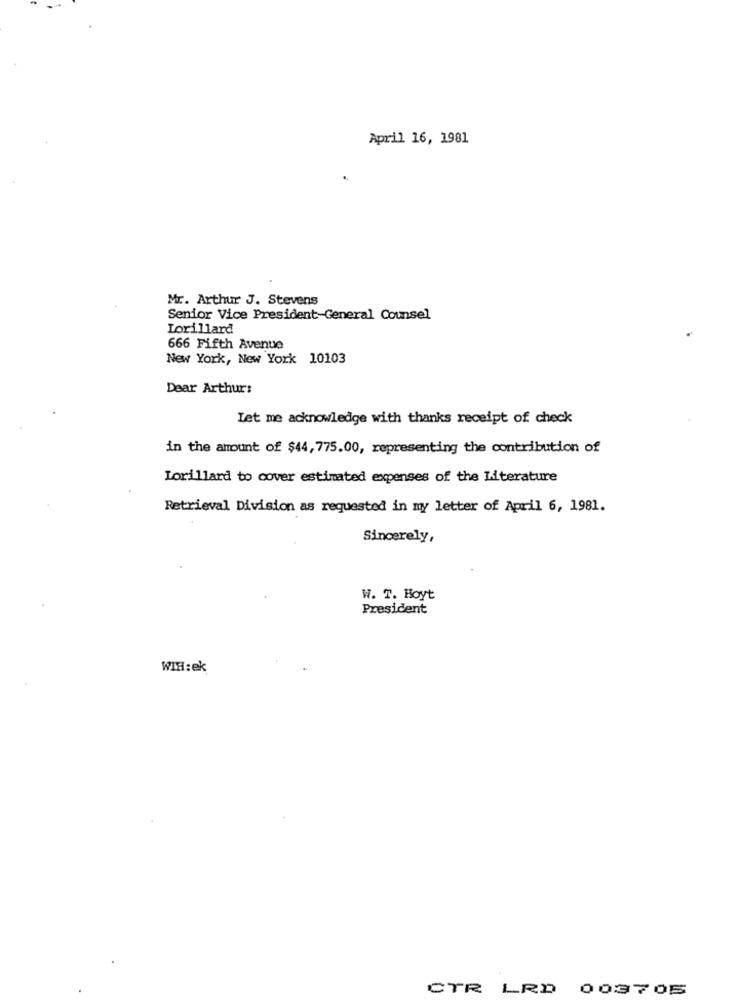
April 16, 1981
Mr. Arthur J. Stevens
Senior Vice President-General Counsel
Lorillard
666 Fifth Avenue
New York, New York 10103
Dear Arthur:
Let me acknowledge with thanks receipt of check
in the amount of $44, 775.00, representing the contribution of
Lorillard to cover estimated expenses of the Literature
Retrieval Division as requested in my letter of April 6, 1981.
Sincerely,
W. T. Hoyt
President
WIH:ek
CTR LRD 003705